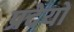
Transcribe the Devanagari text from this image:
प्रदेयों